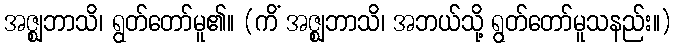
အဇ္ဈဘာသိ၊ ရွတ်တော်မူ၏။ (ကိံ အဇ္ဈဘာသိ၊ အဘယ်သို့ ရွတ်တော်မူသနည်း။)